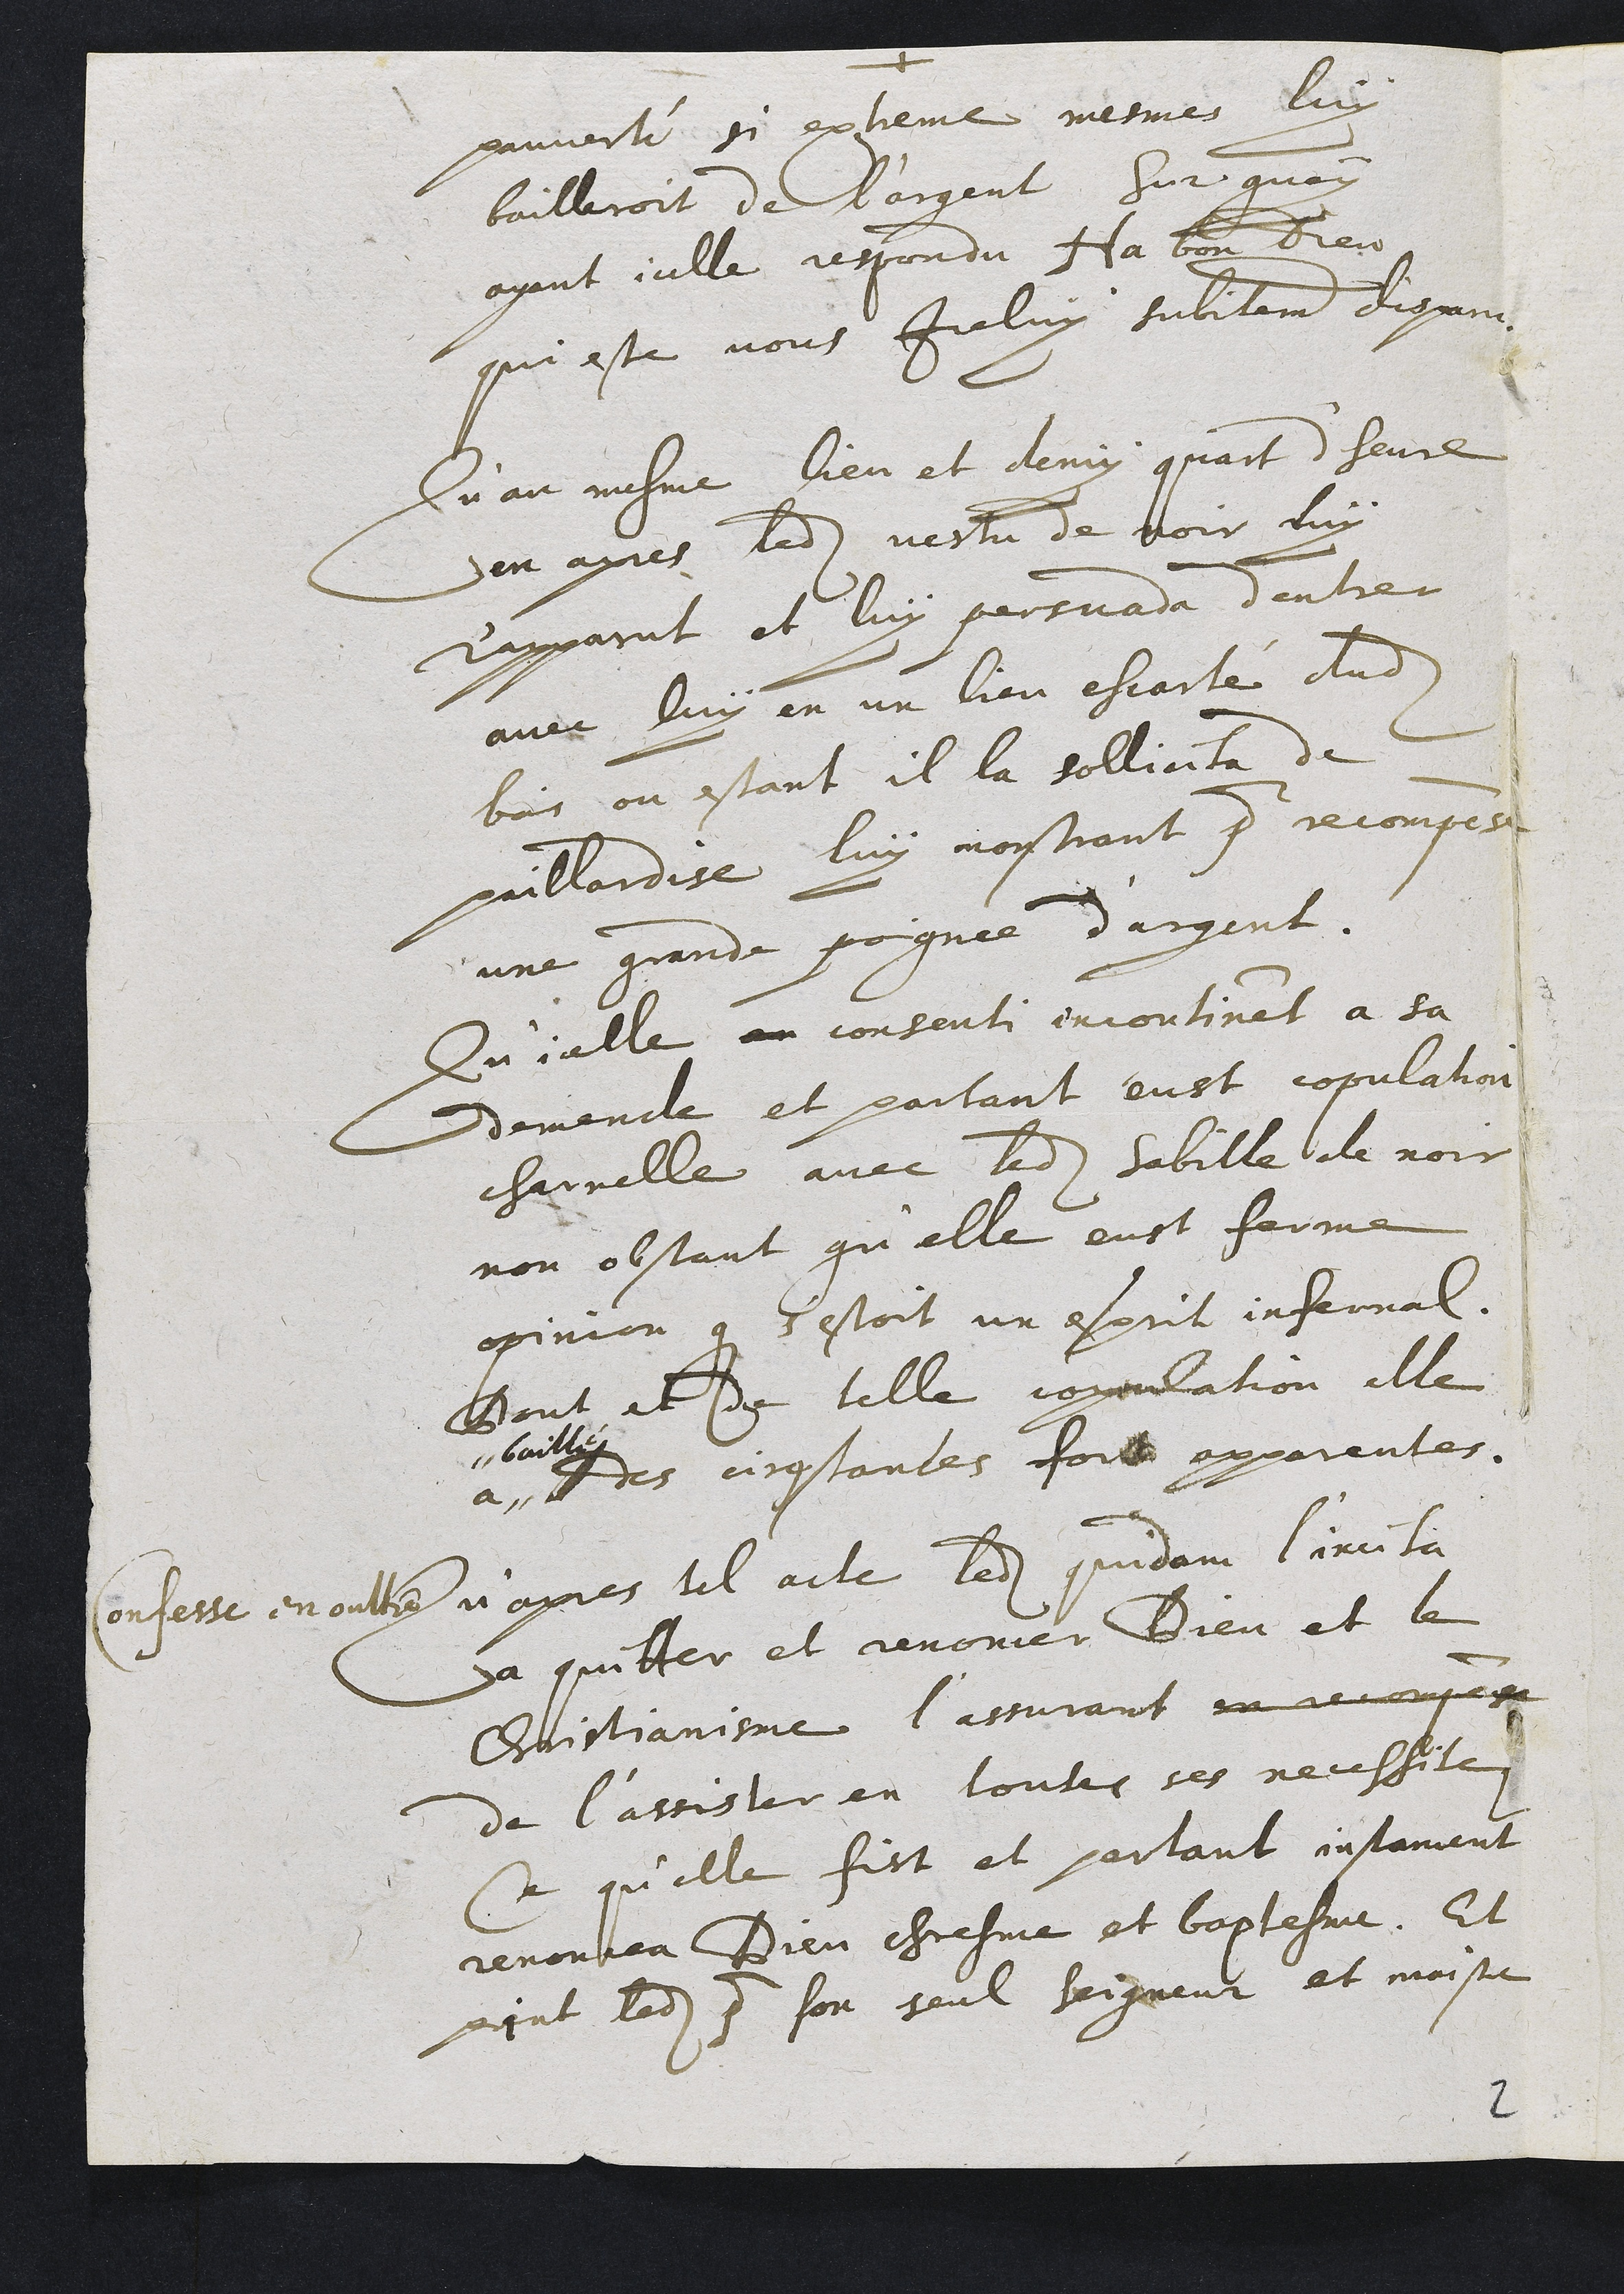
pauvreté si extreme mesmes luy
bailleroit de l'argent Sur quoy
ayant icelle respondu Ha bon Dieu
qui este vous Iceluy subitement disparu.
Qu'au mesme lieu et demy quart d'heure
en apres ledit vestu de noir luy
r'apparut et luy persuada d'entrer
avec luy en un lieu escarté dudit
bois ou estant il la sollicita de
paillardise luy monstrant pour recompense
une grande poignee d'argent.
Qu'icelle au consenti incontinent a sa
demande et partant eust copulation
charnelle avec ledit habille de noir
non obstant qu'elle eust ferme
opinion que s'estoit un esprit infernal.
Dont et de telle copulation elle
a ,,
,, baillé
des circonstances fort apparentes.
Confesse en oultre Qu'apres tel acte ledit quidam l'incita
a quitter et renoncer Dieu et le
Christianisme l'assurant en recompense
de l'assister en toutes ses necessites
Ce qu'elle fist et partant instament
renoncea Dieu chresme et baptesme. Et
print ledit pour son seul seigneur et maistre